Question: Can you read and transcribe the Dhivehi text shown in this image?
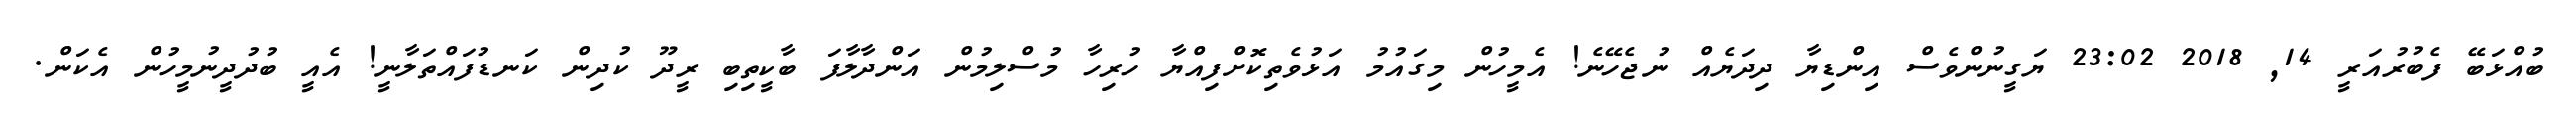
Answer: ބުއްޅަބޭ ފެބުރުއަރީ 14, 2018 23:02 ޔަގީނުންވެސް އިންޑިޔާ ދިދަޔެއް ނުޖެހޭނެ! އެމީހުން މިގައުމު އަޅުވެތިކޮށްފިއްޔާ ހުރިހާ މުސްލިމުން އަންދާލާފަ ބާކީތިބި ރީދޫ ކުދިން ކަނޑުފައްތަލާނީ! އެއީ ބުދުދީނުމީހުން އެކަން.